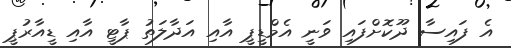
އެ ފައިސާ ދޫކޮށްފައި ވަނީ އެމްޑީޕީ އާއި އަދާލަތު ޕާޓީ އާއި ޑީއާރުޕީ